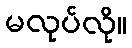
မလုပ်လို။